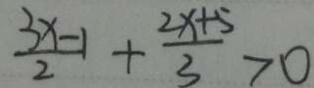
\frac { 3 x - 1 } { 2 } + \frac { 2 x + 5 } { 3 } > 0